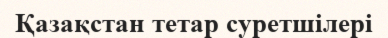
Қазақстан тетар суретшілері